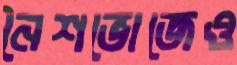
নৈশভোজেও